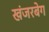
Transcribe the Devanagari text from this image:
खंजरबेग